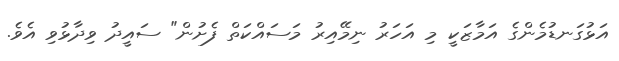
އަޅުގަނޑުމެންގެ އަމާޒަކީ މި އަހަރު ނިމޭއިރު މަސައްކަތް ފެށުން" ސައީދު ވިދާޅުވި އެވެ.